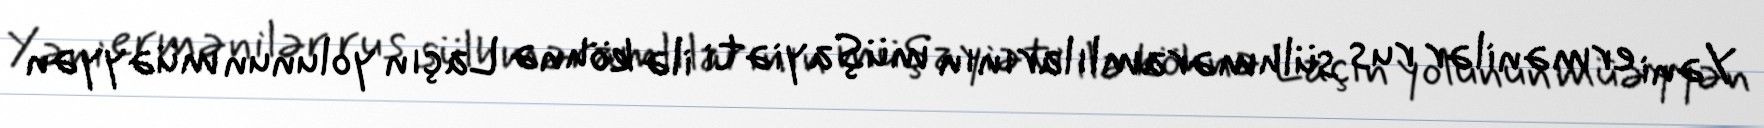
Yəni ermənilər rus sülhməramlılarının müşayiəti ilə köhnə Laçın yolunun müəyyən